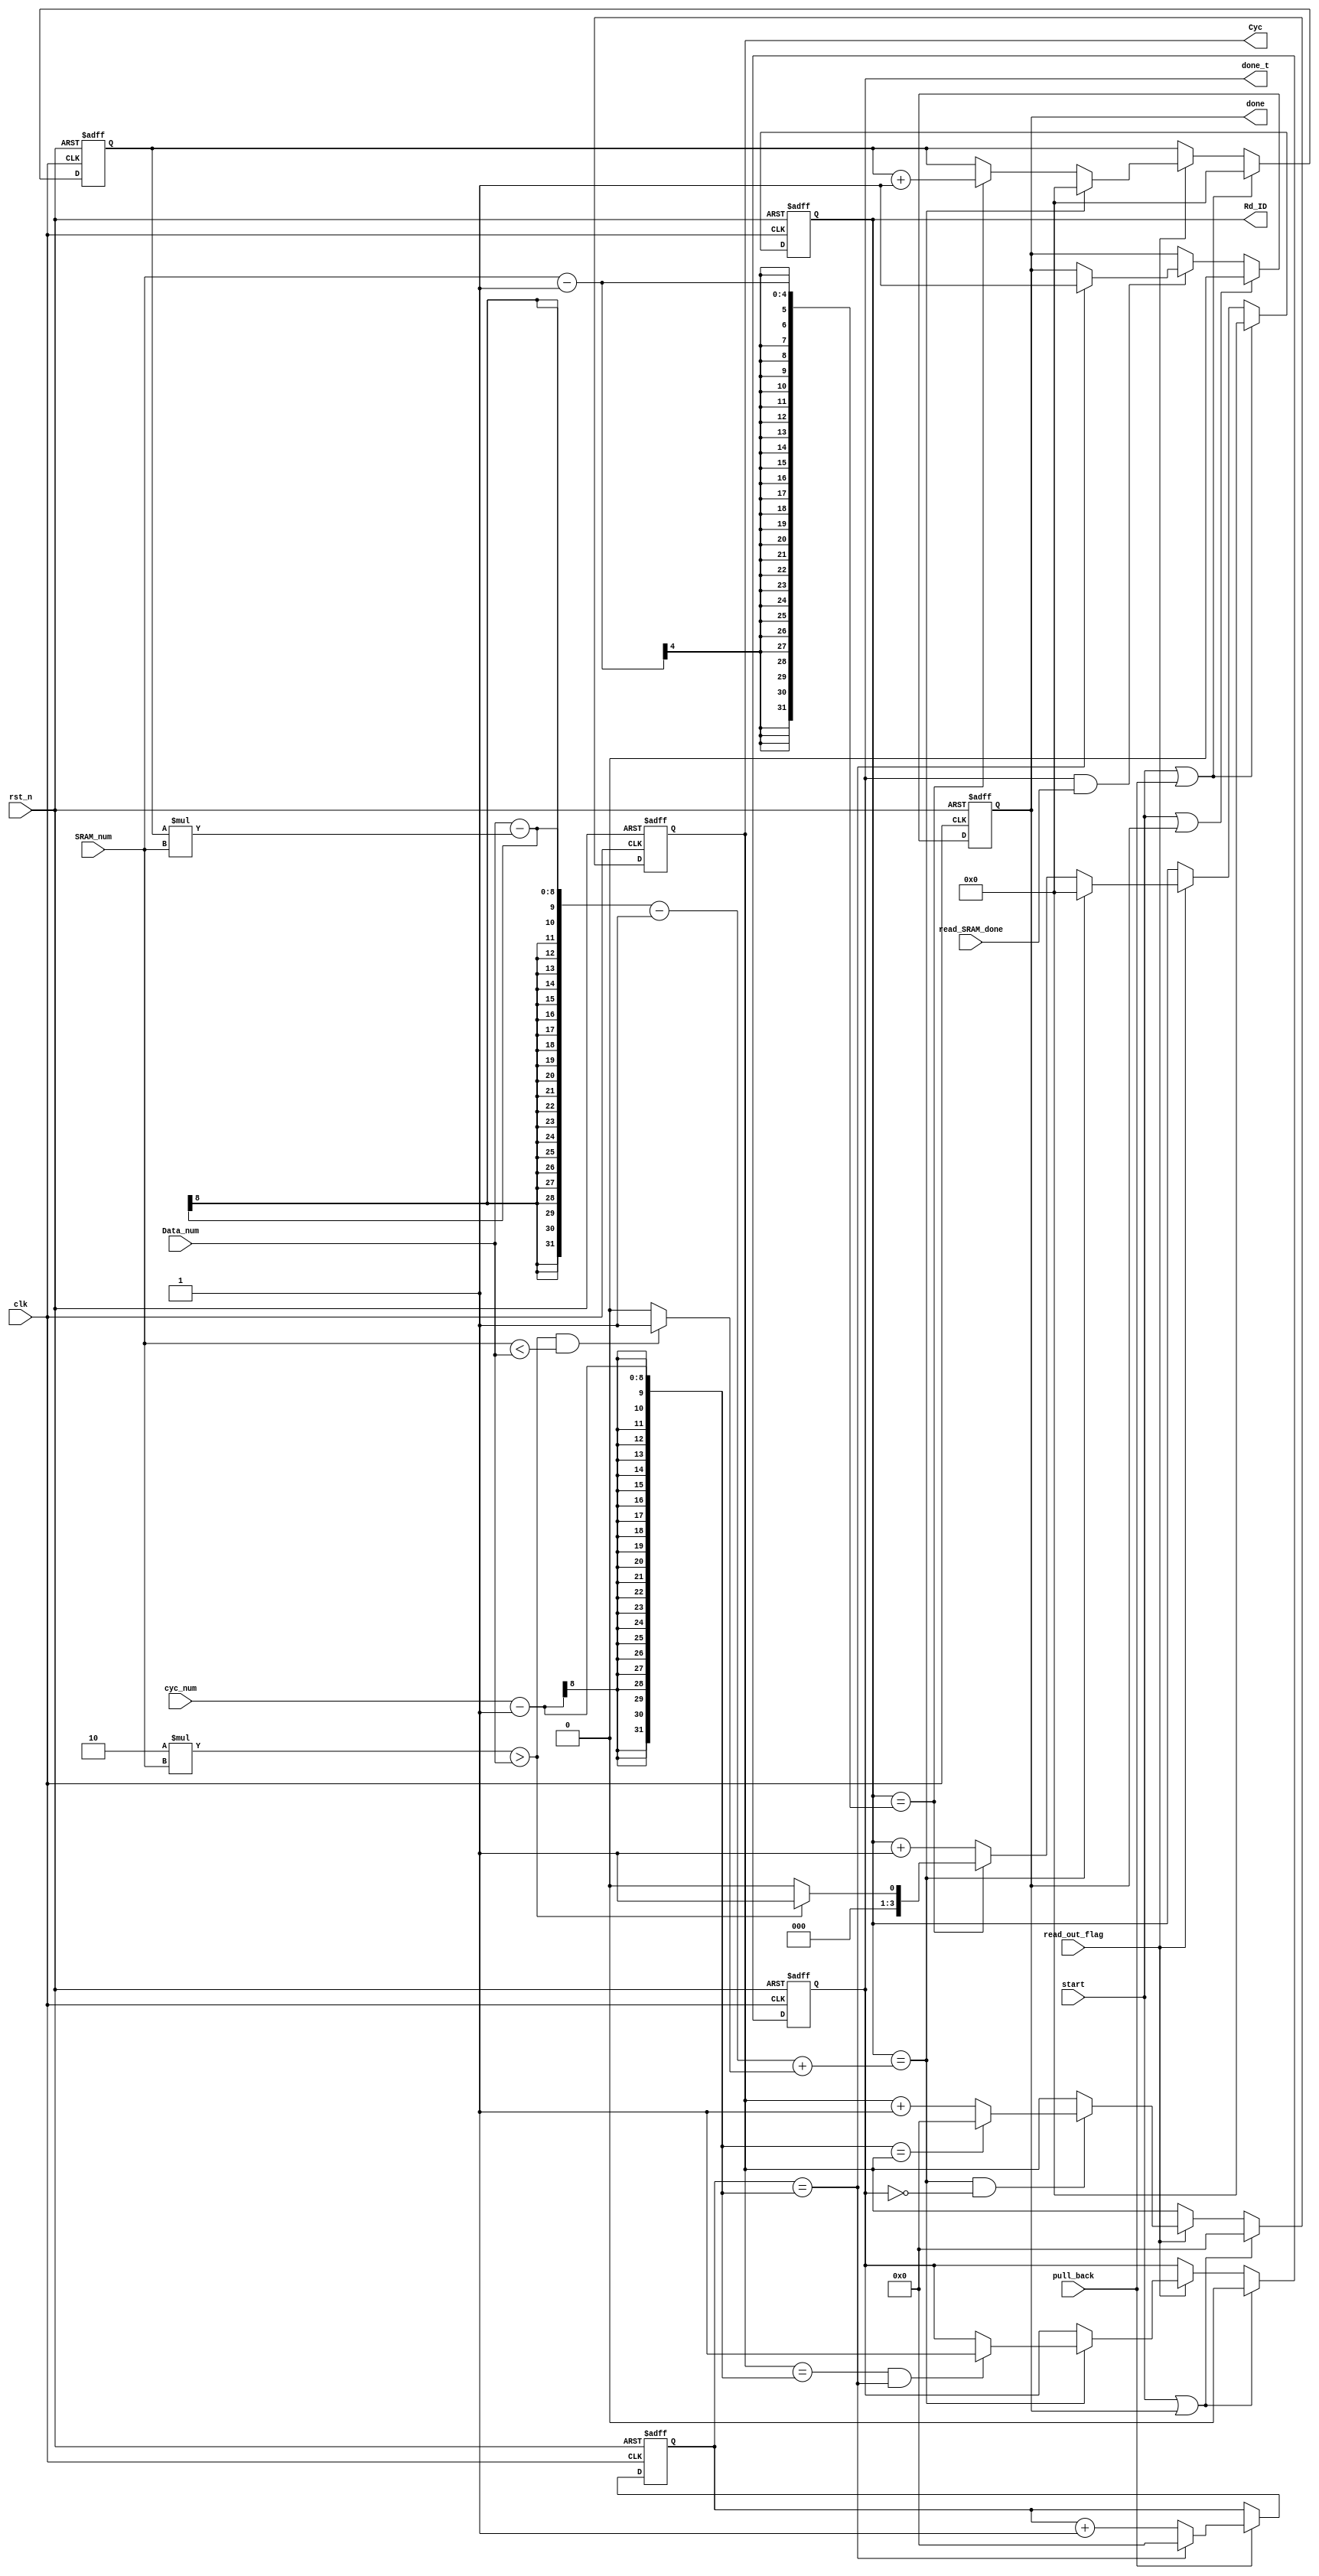
module SRAM_Rd_ID #(
    parameter CYC_BITWIDTH = 8
    )(
    input clk,    // Clock
    input rst_n,  // Asynchronous reset active low
    input start,
    input pull_back, 

    // input [1 : 0]data_type,
    input [3 : 0]SRAM_num,
    input [3 : 0]Data_num,
    input [CYC_BITWIDTH - 1 : 0]cyc_num,
    input read_out_flag,
    input read_SRAM_done,

    output reg [3 : 0]Rd_ID,
    output reg done, 
    output reg [CYC_BITWIDTH - 1 : 0]Cyc, 
    output reg done_t
);

reg [3 : 0]Round;


always @(posedge clk or negedge rst_n) begin
    if (~rst_n) begin
        Rd_ID <= 0;
        Round <= 0;
    end else if (start | pull_back) begin
        Rd_ID <= 0;
        Round <= 0;
    end else if (read_out_flag == 1) begin
        if (Rd_ID == Data_num - Round * SRAM_num - 1 + (((2 * SRAM_num > Data_num) && (SRAM_num < Data_num)) ? 1 : 0)) begin
            Rd_ID <= 0;
            Round <= 0;
        end else begin
            if (Rd_ID == SRAM_num - 1) begin
                Rd_ID <= (2 * SRAM_num > Data_num) ? 1 : 0;
                Round <= Round + 1;
            end else begin
                Rd_ID <= Rd_ID + 1;
                Round <= Round;
            end
        end
    end
end


always @(posedge clk or negedge rst_n) begin
    if (~rst_n) begin
        Cyc <= 0;
    end else if (start | done) begin
        Cyc <= 0;
    end else if (read_out_flag == 1) begin
        if (Rd_ID == Data_num - Round * SRAM_num - 1 + (((2 * SRAM_num > Data_num) && (SRAM_num < Data_num)) ? 1 : 0) && done_t == 0) begin
            if (cyc_num - 1 == Cyc) begin
                Cyc <= 0;
            end else begin
                Cyc <= Cyc + 1;
            end
        end
    end
end

reg [CYC_BITWIDTH - 1 : 0]cyc_pull_back;
always @(posedge clk or negedge rst_n) begin
    if (~rst_n) begin
        cyc_pull_back <= 0;
    end else if (pull_back) begin
       cyc_pull_back <= (cyc_pull_back == cyc_num - 1) ? 0 : cyc_pull_back + 1; 
    end
end


always @(posedge clk or negedge rst_n) begin
    if (~rst_n) begin
        done_t  <= 0;
    end else if (start | done) begin
        done_t  <= 0;
    end else if (read_out_flag == 1) begin
        if (Rd_ID == Data_num - Round * SRAM_num - 1 + (((2 * SRAM_num > Data_num) && (SRAM_num < Data_num)) ? 1 : 0)) begin
            if (Cyc == cyc_num - 1 && cyc_pull_back == cyc_num - 1) begin
                done_t <= 1;
            end
        end
    end
end

always @(posedge clk or negedge rst_n) begin
    if (~rst_n) begin
        done <= 0;
    end else if (start || done) begin
        done <= 0;
    end else if (done_t & read_SRAM_done) begin
        if (cyc_pull_back == cyc_num - 1)
            done <= 1;
    end
end

endmodule